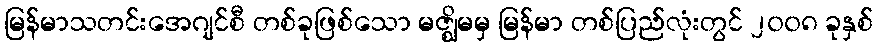
မြန်မာသတင်းအေဂျင်စီ တစ်ခုဖြစ်သော မဇ္ဈိမမှ မြန်မာ တစ်ပြည်လုံးတွင် ၂၀၀၈ ခုနှစ်